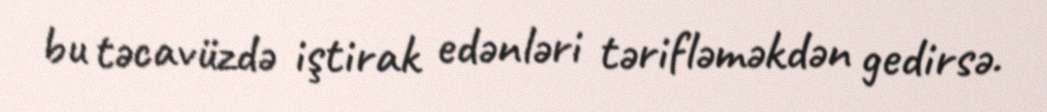
bu təcavüzdə iştirak edənləri tərifləməkdən gedirsə.